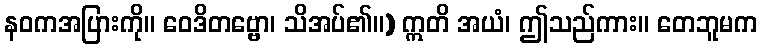
နဝကအပြားကို။ ဝေဒိတဗ္ဗော၊ သိအပ်၏။) ဣတိ အယံ၊ ဤသည်ကား။ တေဘူမက